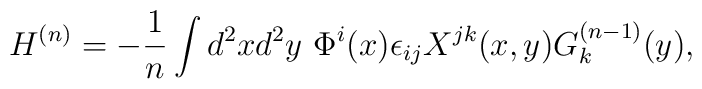
H^{(n)}=-\frac{1}{n}\int d^2x d^2y~\Phi^i(x)\epsilon_{ij}X^{jk}(x,y)G^{(n-1)}_k(y),